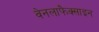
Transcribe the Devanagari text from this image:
वेनलाफैक्साइन